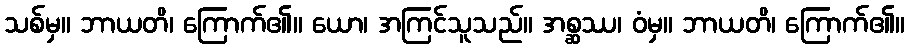
သစ်မှ။ ဘာယတိ၊ ကြောက်၏။ ယော၊ အကြင်သူသည်။ အစ္ဆဿ၊ ဝံမှ။ ဘာယတိ၊ ကြောက်၏။